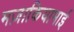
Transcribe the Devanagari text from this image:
मज़ाकियाभाई